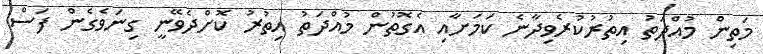
މަތިން މުއްދަތު އިތުރުކުރެވިދާނެ ކަމަށާއި އެގޮތުން މުއްދަތު އިތުރު ކޮށްދެވޭނީ ގިނަވެގެން ފަސް